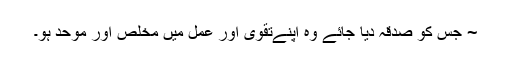
~ جس کو صدقہ دیا جائے وہ اپنےتقوی اور عمل میں مخلص اور موحد ہو۔